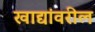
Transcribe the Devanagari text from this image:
खाद्यांवरील